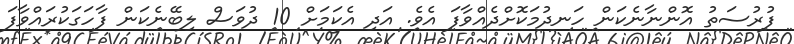
ފުރުސަތު އޮންނާނެކަން ހަނދުމަކޮށްދެއްވާފަ އެވެ. އަދި އެކަމަށް 10 ދުވަސް ލިބޭނެކަން ފާހަގަކުރައްވާފަ